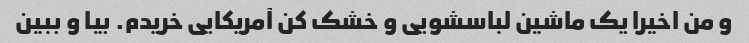
و من اخیرا یک ماشین لباسشویی و خشک کن آمریکایی خریدم. بیا و ببین